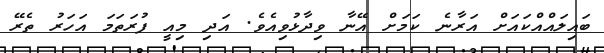
ބައިލައްއްކައަށް އަރާނެ ކަމަށް އޭނާ ވިދާޅުވިއެވެ. އަދި މިއީ ފުރަތަމަ އަހަރު ތެރޭ